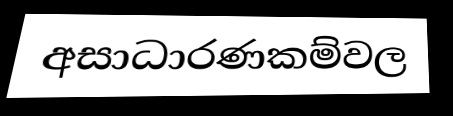
අසාධාරණකම්වල